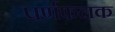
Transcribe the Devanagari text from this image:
पर्णफलक